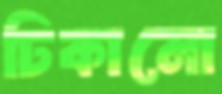
ঢিকানো